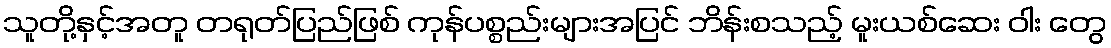
သူတို့နှင့်အတူ တရုတ်ပြည်ဖြစ် ကုန်ပစ္စည်းများအပြင် ဘိန်းစသည့် မူးယစ်ဆေး ဝါး တွေ